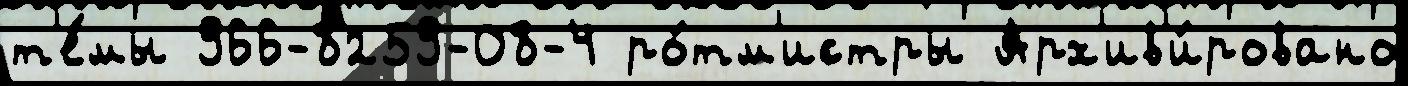
т'е́мы 966-8259-08-4 ро́тм'истры Арх'ив'и́ровано